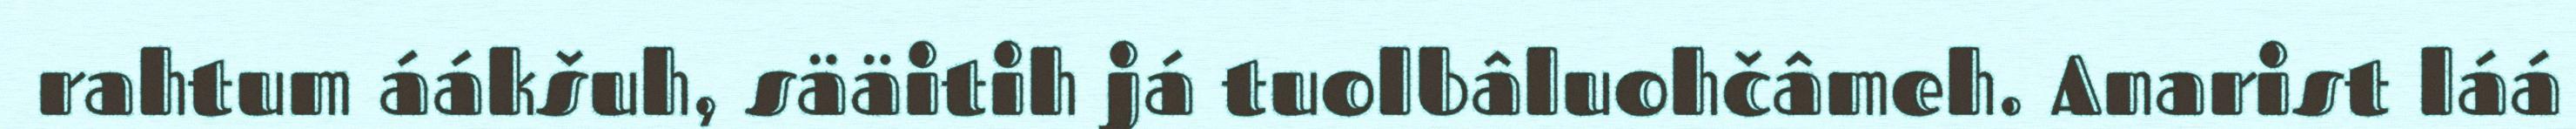
rahtum áákšuh, sääitih já tuolbâluohčâmeh. Anarist láá